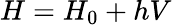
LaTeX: H=H_{0}+hV